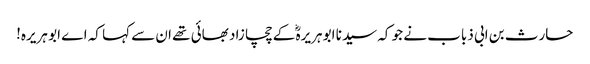
حارث بن ابی ذباب نے جو کہ سیدنا ابو ہریرہؓ کے چچا زاد بھائی تھے ان سے کہا کہ اے ابو ہریرہ!